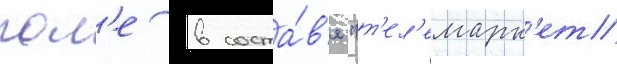
пол'е в соста́в'е "т'ел'емарк'ет